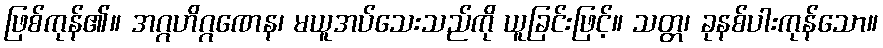
ဖြစ်ကုန်၏။ အဂ္ဂဟိဂ္ဂဏေန၊ မယူအပ်သေးသည်ကို ယူခြင်းဖြင့်။ သတ္တ၊ ခုနစ်ပါးကုန်သော။